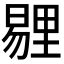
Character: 𪱁